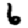
Digit: 6